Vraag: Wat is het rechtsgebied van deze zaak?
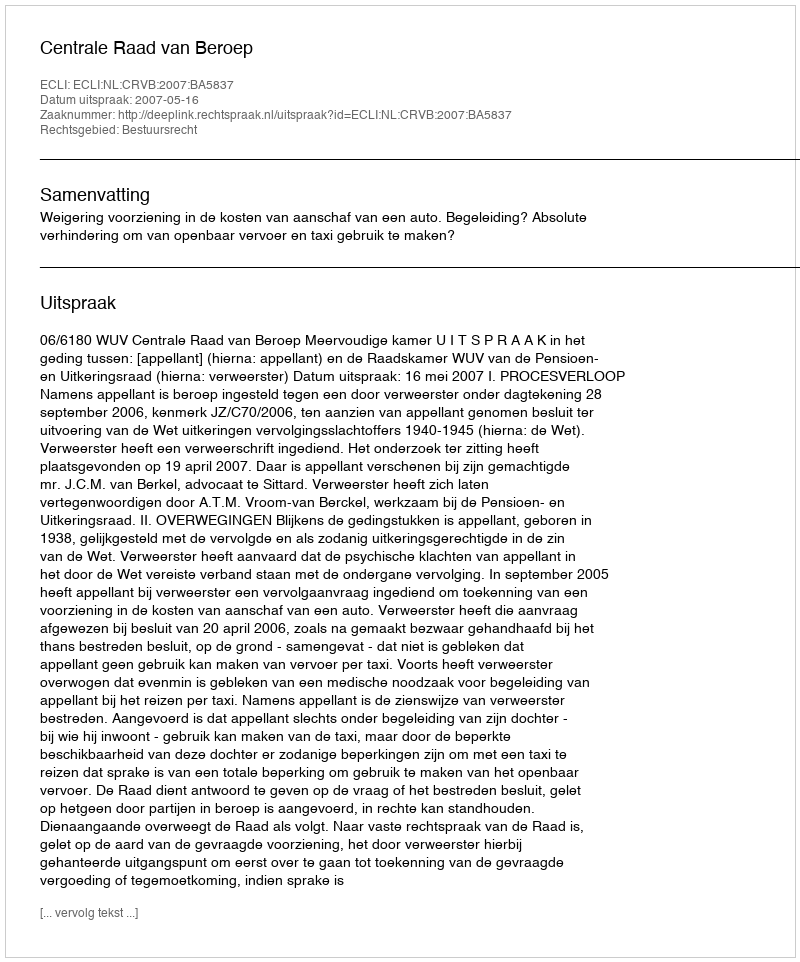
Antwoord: Bestuursrecht